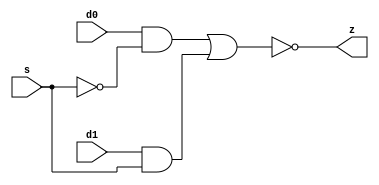
// This program was cloned from: https://github.com/aolofsson/oh
// License: MIT License

//#############################################################################
//# Function: 2-Input Inverting Mux                                           #
//#                                                                           #
//# Copyright: OH Project Authors. ALl rights Reserved.                       #
//# License:  MIT (see LICENSE file in OH repository)                         #
//#############################################################################

module asic_muxi2 #(parameter PROP = "DEFAULT")   (
    input  d0,
    input  d1,
    input  s,
    output z
    );

   assign z = ~((d0 & ~s) | (d1 & s));

endmodule